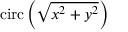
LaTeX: \operatorname { c i r c } \left( { \sqrt { x ^ { 2 } + y ^ { 2 } } } \right)